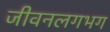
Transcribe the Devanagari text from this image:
जीवनलगभग